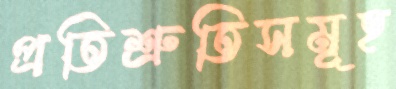
প্রতিশ্রুতিসমূহ